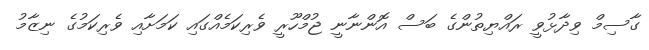
ގާސިމް ވިދާޅުވީ ރައްޔިތުންގެ ބަސް އޮންނާނީ ޖުމްހޫރީ ވެރިކަމެއްގައި ކަަމަށާއި ވެރިކަމުގެ ނިޒާމު